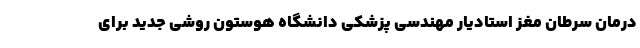
درمان سرطان مغز استادیار مهندسی پزشکی دانشگاه هوستون روشی جدید برای